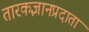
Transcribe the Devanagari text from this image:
तारकज्ञानप्रदाता